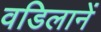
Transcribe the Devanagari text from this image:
वडिलानें